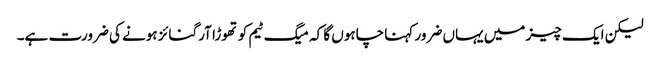
لیکن ایک چیز میں یہاں ضرور کہنا چاہوں گا کہ میگ ٹیم کو تھوڑا آرگنائز ہونے کی ضرورت ہے۔